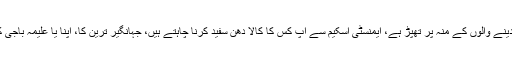
بلاول بھٹو نے کہا کہ ان کی ایمنسٹی اسکیم ٹیکس دینے والوں کے منہ پر تھپڑ ہے، ایمنسٹی اسکیم سے آپ کس کا کالا دھن سفید کرنا چاہتے ہیں، جہانگیر ترین کا، اپنا یا علیمہ باجی کا یا ان لوگوں کا کالادھن جو آپ کو چندہ دیتے ہیں۔